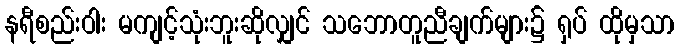
နရီစည်းဝါး မကျင့်သုံးဘူးဆိုလျှင် သဘောတူညီချက်များ၌ ရှပ် ထိုမှသာ